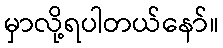
မှာလို့ရပါတယ်နော်။